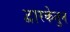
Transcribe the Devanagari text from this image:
द्वारकेतुन